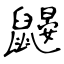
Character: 鼹